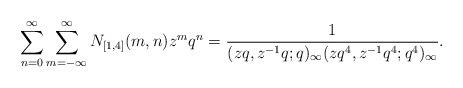
LaTeX: \begin{align*}\sum_{n=0}^{\infty}\sum_{m=-\infty}^{\infty}N_{[1,4]}(m,n)z^{m}q^{n}=\dfrac{1}{(zq,z^{-1}q;q)_{\infty}(zq^{4},z^{-1}q^{4};q^{4})_{\infty}}.\end{align*}